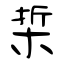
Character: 梊